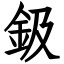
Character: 鈒